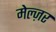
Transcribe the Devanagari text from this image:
मेल्ज़र